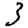
Digit: 3